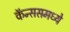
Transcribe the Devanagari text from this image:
कॅन्ससमध्ये